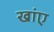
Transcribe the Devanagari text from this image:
खांए